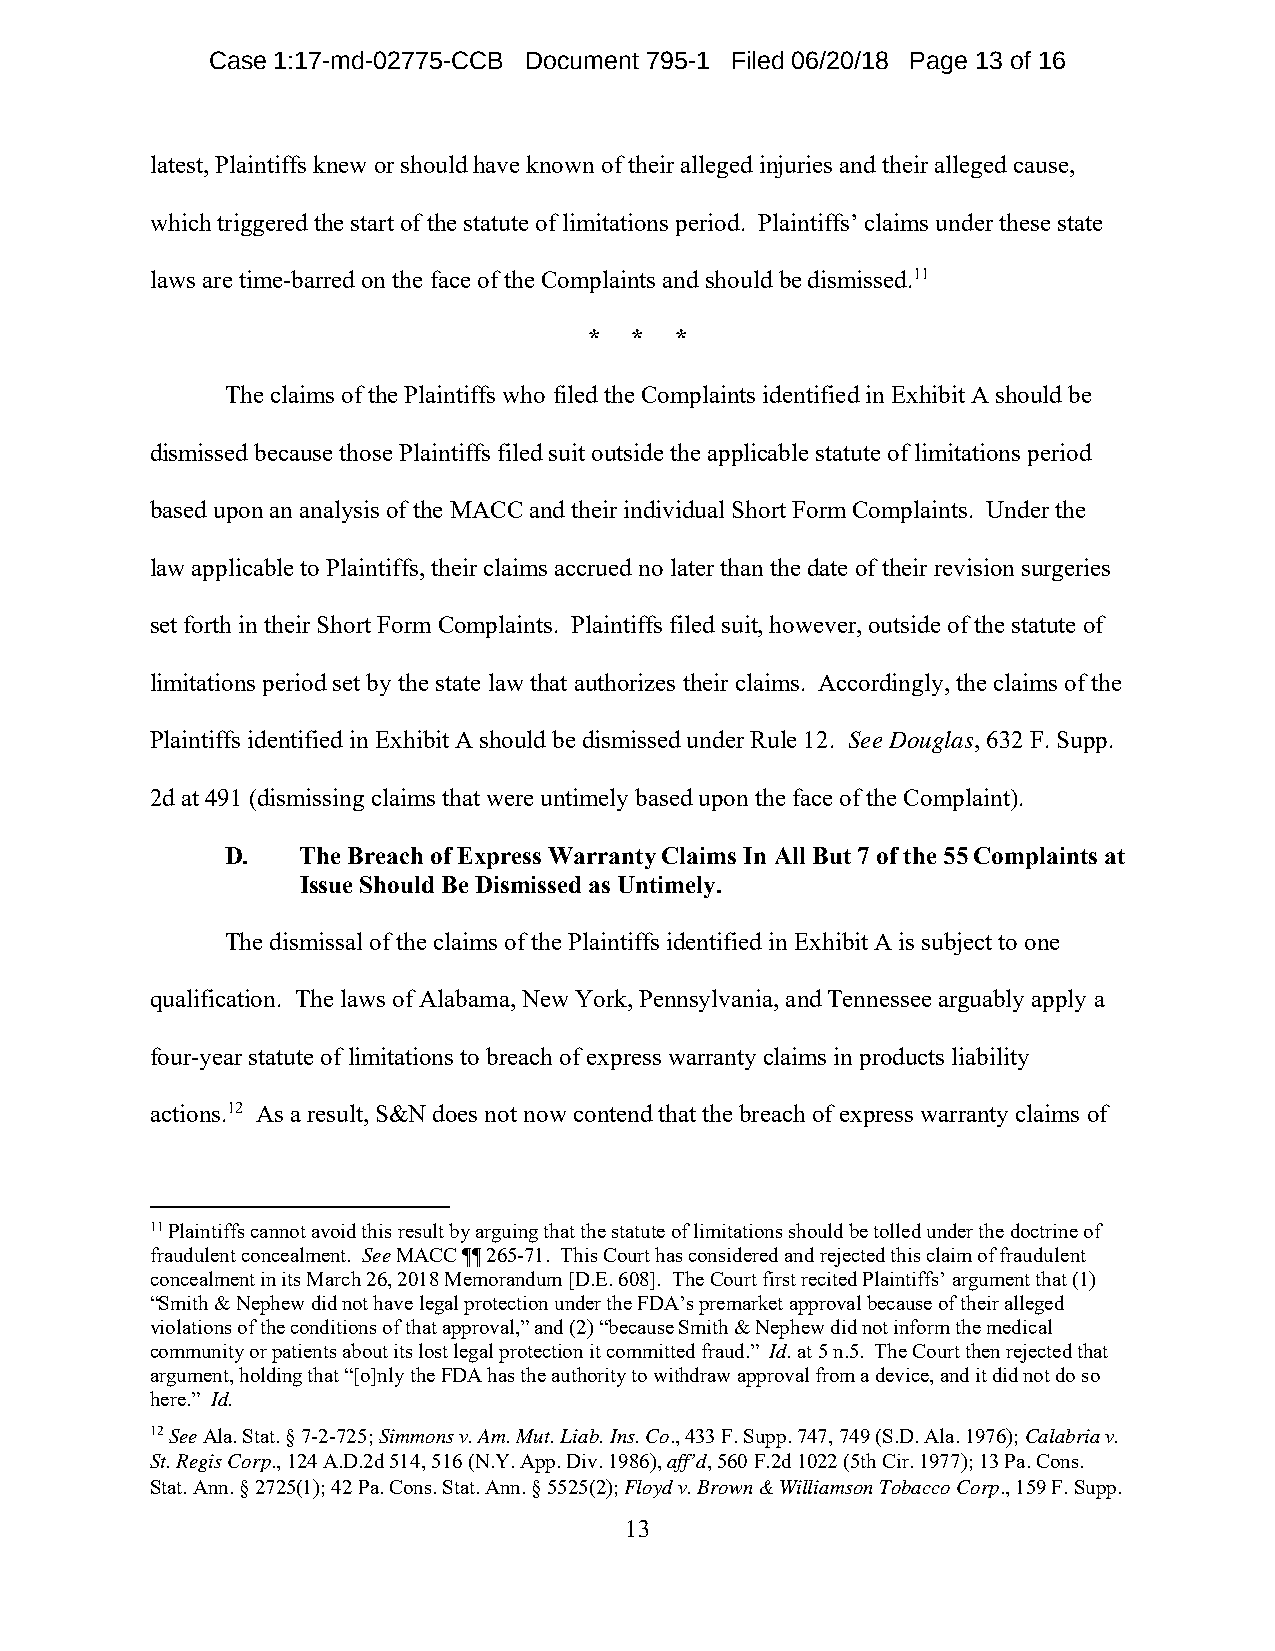
Case 1:17-md-02775-CCB Document 795-1 Filed 06/20/18 Page 13 of 16
 latest, Plaintiffs knew or should have known of their alleged injuries and their alleged cause,
 which triggered the start of the statute of limitations period. Plaintiffs’ claims under these state
 laws are time-barred on the face of the Complaints and should be dismissed.11
 *  *  *
 The claims of the Plaintiffs who filed the Complaints identified in Exhibit A should be
 dismissed because those Plaintiffs filed suit outside the applicable statute of limitations period
 based upon an analysis of the MACC and their individual Short Form Complaints. Under the
 law applicable to Plaintiffs, their claims accrued no later than the date of their revision surgeries
 set forth in their Short Form Complaints. Plaintiffs filed suit, however, outside of the statute of
 limitations period set by the state law that authorizes their claims. Accordingly, the claims of the
 Plaintiffs identified in Exhibit A should be dismissed under Rule 12. See Douglas, 632 F. Supp.
 2d at 491 (dismissing claims that were untimely based upon the face of the Complaint).
 D.   The Breach of Express Warranty Claims In All But 7 of the 55 Complaints at
 Issue Should Be Dismissed as Untimely.
 The dismissal of the claims of the Plaintiffs identified in Exhibit A is subject to one
 qualification. The laws of Alabama, New York, Pennsylvania, and Tennessee arguably apply a
 four-year statute of limitations to breach of express warranty claims in products liability
 actions.12 As a result, S&N does not now contend that the breach of express warranty claims of
 11 Plaintiffs cannot avoid this result by arguing that the statute of limitations should be tolled under the doctrine of
 fraudulent concealment. See MACC ¶¶ 265-71. This Court has considered and rejected this claim of fraudulent
 concealment in its March 26, 2018 Memorandum [D.E. 608]. The Court first recited Plaintiffs’ argument that (1)
 “Smith & Nephew did not have legal protection under the FDA’s premarket approval because of their alleged
 violations of the conditions of that approval,” and (2) “because Smith & Nephew did not inform the medical
 community or patients about its lost legal protection it committed fraud.” Id. at 5 n.5. The Court then rejected that
 argument, holding that “[o]nly the FDA has the authority to withdraw approval from a device, and it did not do so
 here.” Id.
 12 See Ala. Stat. § 7-2-725; Simmons v. Am. Mut. Liab. Ins. Co., 433 F. Supp. 747, 749 (S.D. Ala. 1976); Calabria v.
 St. Regis Corp., 124 A.D.2d 514, 516 (N.Y. App. Div. 1986), aff’d, 560 F.2d 1022 (5th Cir. 1977); 13 Pa. Cons.
 Stat. Ann. § 2725(1); 42 Pa. Cons. Stat. Ann. § 5525(2); Floyd v. Brown & Williamson Tobacco Corp., 159 F. Supp.
 13